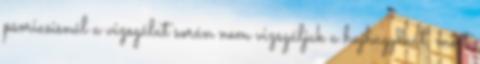
psoriasisnál a vizsgálat során nem vizsgáljuk a hajhagymát, mert